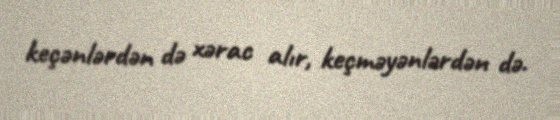
keçənlərdən də xərac alır, keçməyənlərdən də.